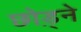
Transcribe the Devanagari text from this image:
छोड़्ने